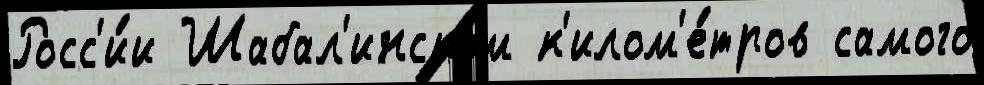
Росс'и́и Шабал'инском к'илом'е́тров самого